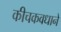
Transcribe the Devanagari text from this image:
कीचकवधाने